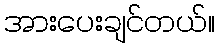
အားပေးချင်တယ်။